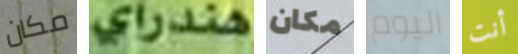
مكان هندراي مكان اليوم أنت